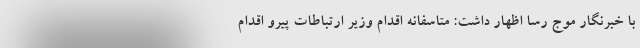
با خبرنگار موج رسا اظهار داشت: متاسفانه اقدام وزیر ارتباطات پیرو اقدام